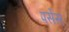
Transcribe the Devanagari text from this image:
पर्सेस